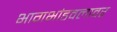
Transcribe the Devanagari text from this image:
भागभांडवलावर